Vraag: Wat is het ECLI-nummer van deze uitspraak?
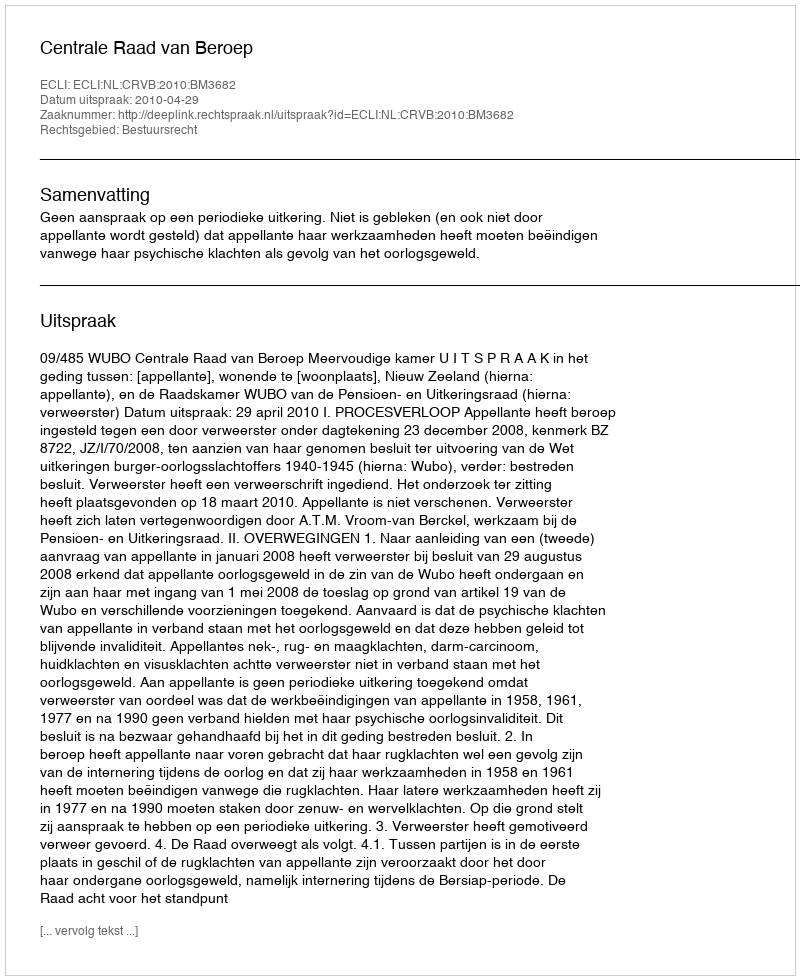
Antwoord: ECLI:NL:CRVB:2010:BM3682